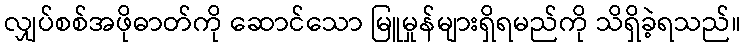
လျှပ်စစ်အဖိုဓာတ်ကို ဆောင်သော မြူမှုန်များရှိရမည်ကို သိရှိခဲ့ရသည်။